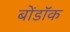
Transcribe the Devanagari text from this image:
बोंडॉक